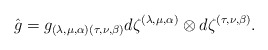
\begin{align*}\hat{g}=g_{(\lambda,\mu,\alpha)(\tau,\nu,\beta)}d\zeta^{(\lambda,\mu,\alpha)}\otimes d\zeta^{(\tau,\nu,\beta)}.\end{align*}